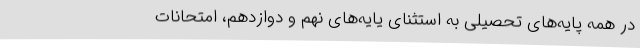
در همه پایه‌های تحصیلی به استثنای یایه‌های نهم و دوازدهم، امتحانات